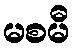
မစမီ